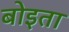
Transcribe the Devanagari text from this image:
बोइता